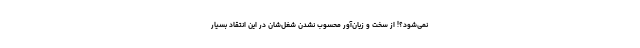
نمی‌شود؟! از سخت و زیان‌آور محسوب نشدن شغل‌شان در این انتقاد بسیار